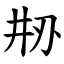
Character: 刱